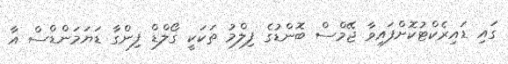
ގައި ޑައިރެކްޓުކޮށްފައިވާ ޖޭމްސް ބޮންޑުގެ ފިލްމު ތަކަކީ ގޯލްޑް ފިންގާ ޑަޔަމަންޑްސް އާ